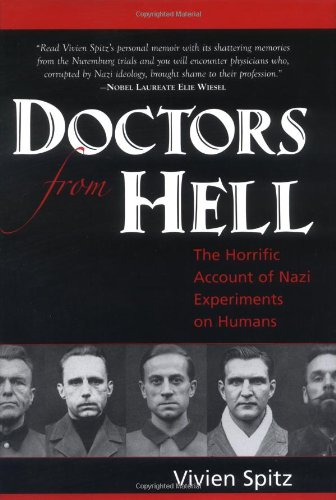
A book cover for Doctors from Hell: The Horrific Account of Nazi Experiments on Humans; Vivien Spitz; Medical Books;